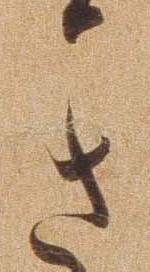
き